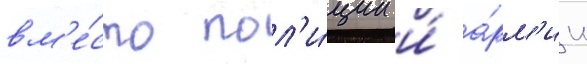
вм'е́сто пол'и́ции и́ а́рм'ии